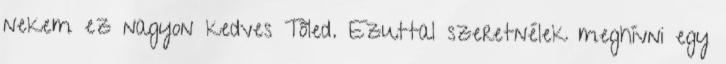
nekem ez nagyon kedves Tőled. Ezuttal szeretnélek meghívni egy